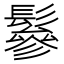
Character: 鬖